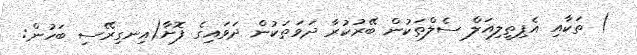
) ތަކާއި އެޕިތީލިއަލް ސެލްތަކުން ބޭރުކުރާ ދަވަތަކުން ދަވައިގެ ފޮށާ(އިނގިރޭސި ބަހުން: